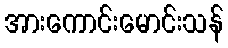
အားကောင်းမောင်းသန်